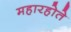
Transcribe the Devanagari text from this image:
महारहोते